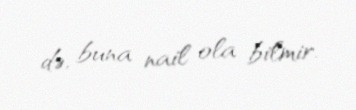
də, buna nail ola bilmir.